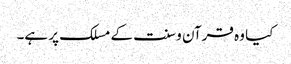
کیا وہ قرآن و سنت کے مسلک پر ہے۔